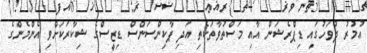
އުމުރު ދުވަހުގައި ޑިޕްރެޝަން އާއި މަސްތުވާތަކެތި އަދި ޕާކިންސަންސް ޑިޒީސްގެ ޝިކާރަކަށްވި އެންމެންގެ